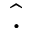
\hat { . }